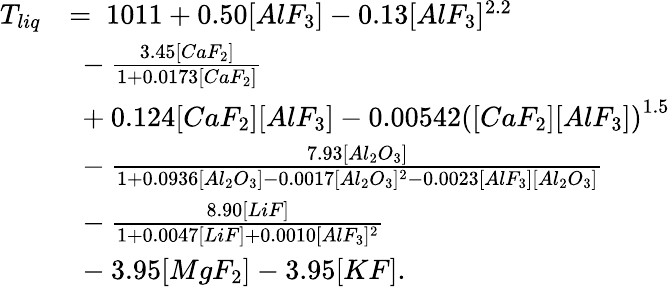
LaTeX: \begin{array}{rl}{T_{liq}}&{=\ 1011+0.50[AlF_{3}]-0.13[AlF_{3}]^{2.2}}\\ &{\ -\frac{3.45[CaF_{2}]}{1+0.0173[CaF_{2}]}}\\ &{\ +0.124[CaF_{2}][AlF_{3}]-0.00542\left([CaF_{2}][AlF_{3}]\right)^{1.5}}\\ &{\ -\frac{7.93[Al_{2}O_{3}]}{1+0.0936[Al_{2}O_{3}]-0.0017[Al_{2}O_{3}]^{2}-0.0023[AlF_{3}][Al_{2}O_{3}]}}\\ &{\ -\frac{8.90[LiF]}{1+0.0047[LiF]+0.0010[AlF_{3}]^{2}}}\\ &{\ -3.95[MgF_{2}]-3.95[KF].}\end{array}